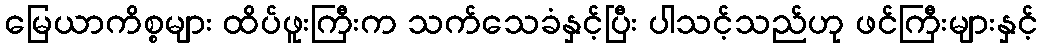
မြေယာကိစ္စများ ထိပ်ဖူးကြီးက သက်သေခံနှင့်ပြီး ပါသင့်သည်ဟု ဖင်ကြီးများနှင့်